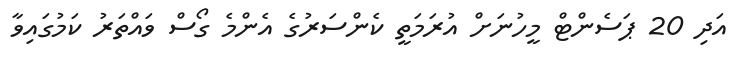
އަދި 20 ޕަސެންޓް މީހުނަށް އުރަމަތީ ކެންސަރުގެ އެންމެ ގޯސް ވައްތަރު ކަމުގައިވާ